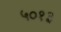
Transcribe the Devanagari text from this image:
५०१३